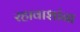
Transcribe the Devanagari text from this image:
रहावाशांना